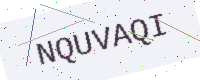
Text: NQUVAQI